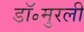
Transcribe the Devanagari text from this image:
डॉ॰मुरली